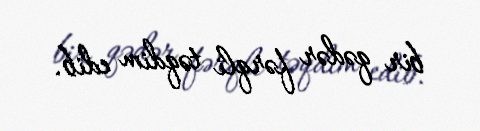
bir qədər fərqli təqdim edib.